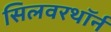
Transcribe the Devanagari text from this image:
सिलवरथॉर्न